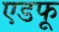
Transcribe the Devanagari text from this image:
एडफू